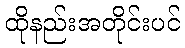
ထိုနည်းအတိုင်းပင်